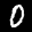
Label: 0